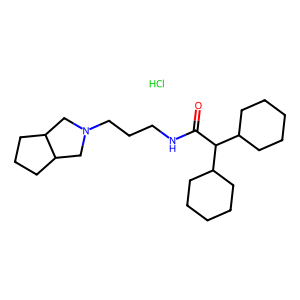
SMILES: Cl.O=C(NCCCN1CC2CCCC2C1)C(C1CCCCC1)C1CCCCC1
Inhibits HIV replication: No